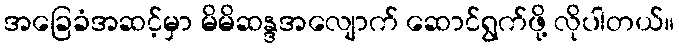
အခြေခံအဆင့်မှာ မိမိဆန္ဒအလျောက် ဆောင်ရွက်ဖို့ လိုပါတယ်။